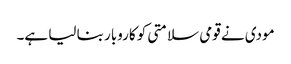
مودی نے قومی سلامتی کو کاروبار بنا لیا ہے۔